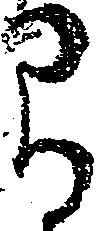
間